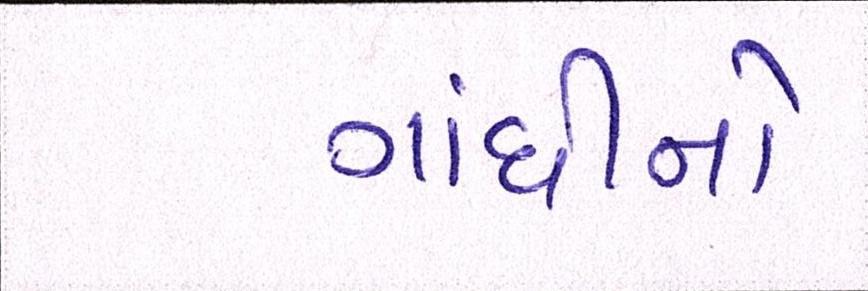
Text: ગાંધીનો